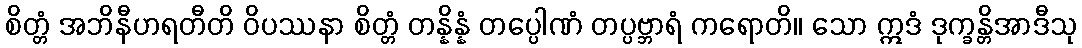
စိတ္တံ အဘိနီဟရတီတိ ဝိပဿနာ စိတ္တံ တန္နိန္နံ တပ္ပေါဏံ တပ္ပဗ္ဘာရံ ကရောတိ။ သော ဣဒံ ဒုက္ခန္တိအာဒီသု